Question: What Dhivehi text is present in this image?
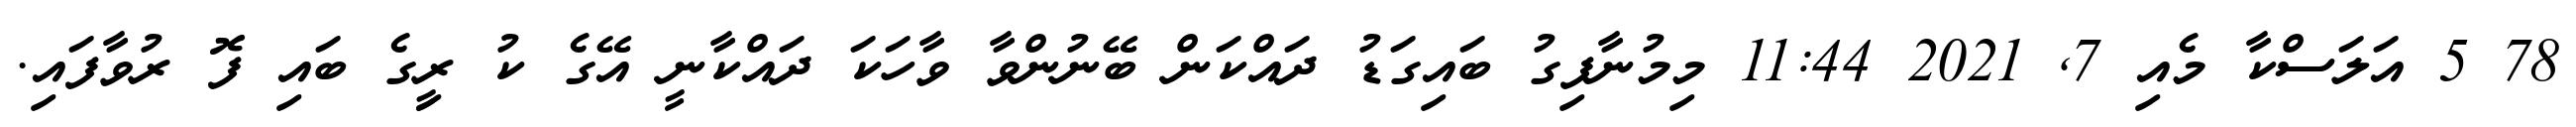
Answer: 78 5 އަލަސްކާ މެއި 7, 2021 11:44 މިމުނާފިގު ބައިގަޑު ދައްކަން ބޭނުންވާ ވާހަކަ ދައްކާނީ އޭގެ ކު ރީިގެ ބައި ފޮ ރުވާފައި.